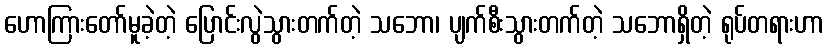
ဟောကြားတော်မူခဲ့တဲ့ ပြောင်းလွဲသွားတက်တဲ့ သဘော၊ ပျက်စီးသွားတက်တဲ့ သဘောရှိတဲ့ ရုပ်တရားဟာ